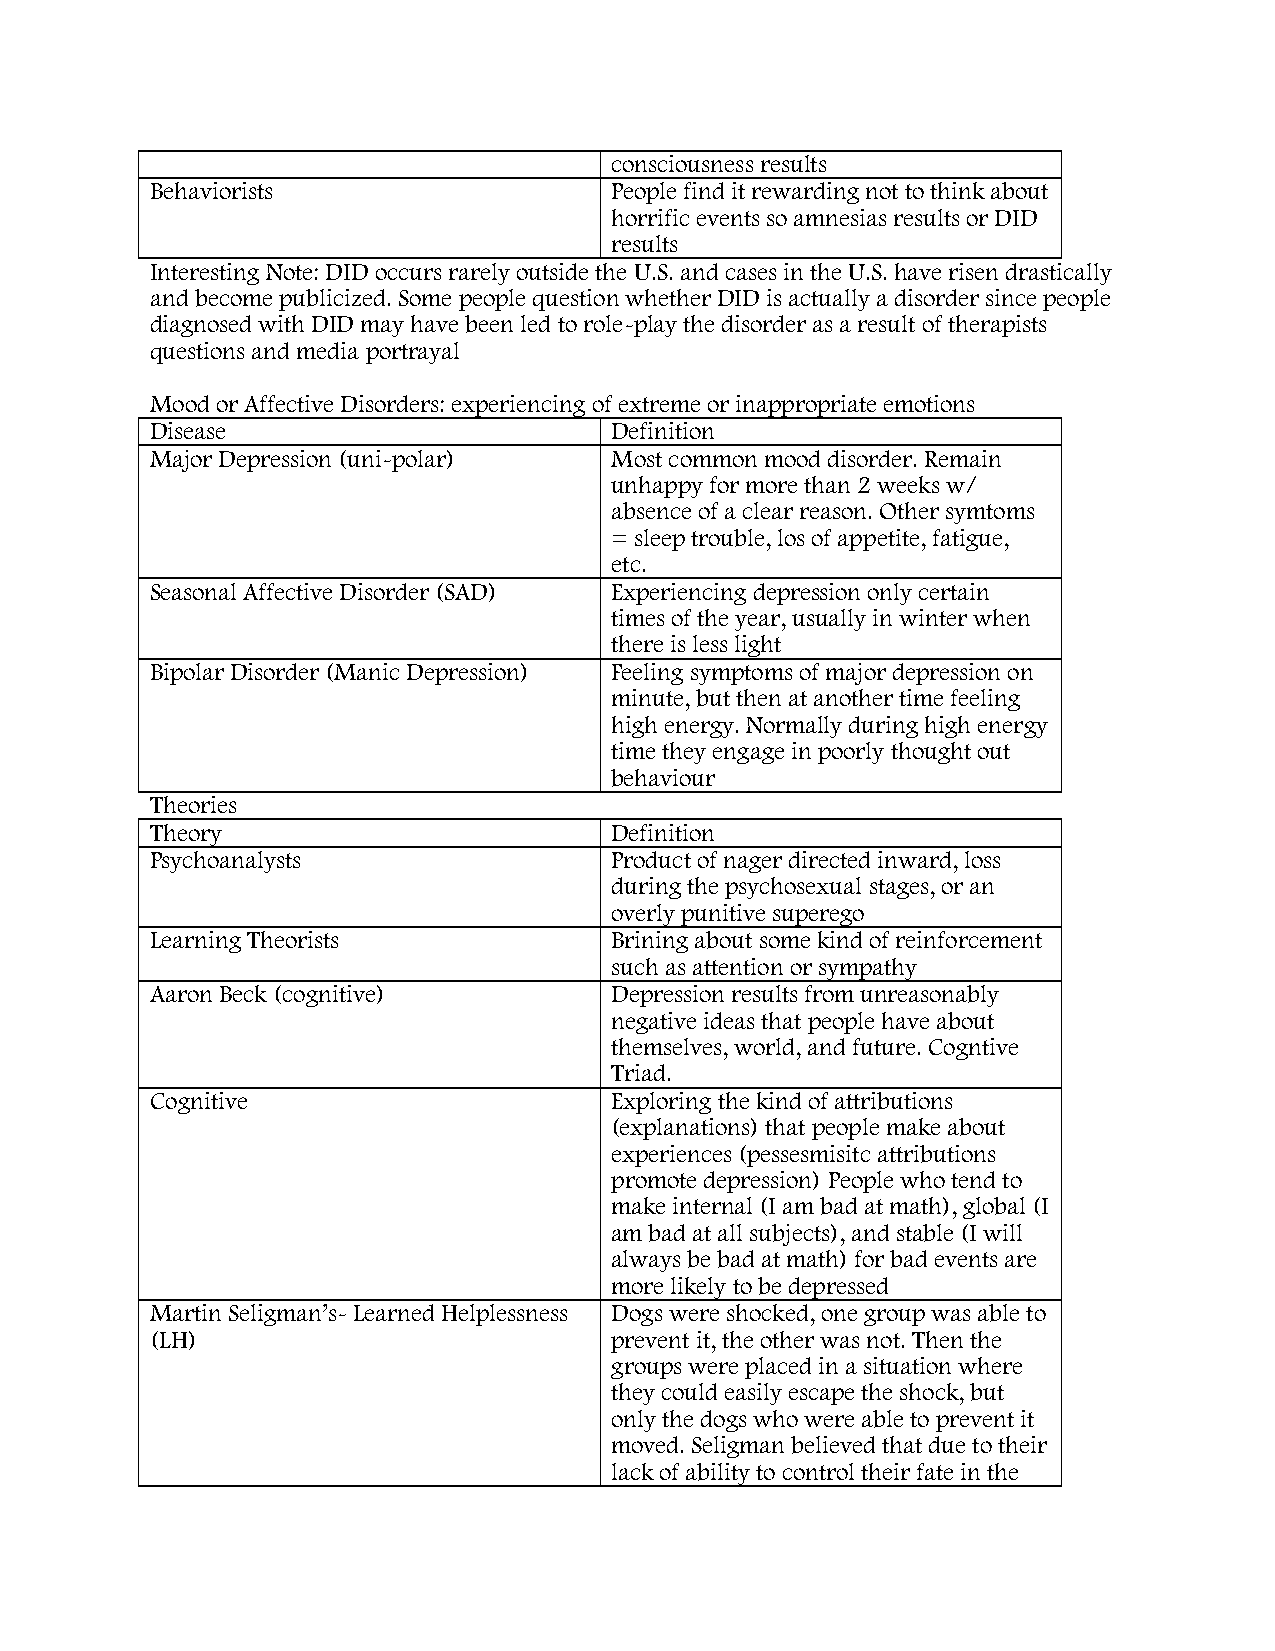
consciousness results
 Behaviorists                  People find it rewarding not to think about
 horrific events so amnesias results or DID
 results
 Interesting Note: DID occurs rarely outside the U.S. and cases in the U.S. have risen drastically
 and become publicized. Some people question whether DID is actually a disorder since people
 diagnosed with DID may have been led to role-play the disorder as a result of therapists
 questions and media portrayal
 Mood or Affective Disorders: experiencing of extreme or inappropriate emotions
 Disease                       Definition
 Major Depression (uni-polar)  Most common mood disorder. Remain
 unhappy for more than 2 weeks w/
 absence of a clear reason. Other symtoms
 = sleep trouble, los of appetite, fatigue,
 etc.
 Seasonal Affective Disorder (SAD) Experiencing depression only certain
 times of the year, usually in winter when
 there is less light
 Bipolar Disorder (Manic Depression) Feeling symptoms of major depression on
 minute, but then at another time feeling
 high energy. Normally during high energy
 time they engage in poorly thought out
 behaviour
 Theories
 Theory                        Definition
 Psychoanalysts                Product of nager directed inward, loss
 during the psychosexual stages, or an
 overly punitive superego
 Learning Theorists            Brining about some kind of reinforcement
 such as attention or sympathy
 Aaron Beck (cognitive)        Depression results from unreasonably
 negative ideas that people have about
 themselves, world, and future. Cogntive
 Triad.
 Cognitive                     Exploring the kind of attributions
 (explanations) that people make about
 experiences (pessesmisitc attributions
 promote depression) People who tend to
 make internal (I am bad at math), global (I
 am bad at all subjects), and stable (I will
 always be bad at math) for bad events are
 more likely to be depressed
 Martin Seligman’s- Learned Helplessness Dogs were shocked, one group was able to
 (LH)                          prevent it, the other was not. Then the
 groups were placed in a situation where
 they could easily escape the shock, but
 only the dogs who were able to prevent it
 moved. Seligman believed that due to their
 lack of ability to control their fate in the